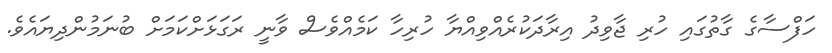
ހަފްސާގެ ގާތުގައި ހުރި ޖާވިދު އިރާދަކުރެއްވިއްޔާ ހުރިހާ ކަމެއްވެސް ވާނީ ރަގަޅަށްކަމަށް ބުނަމުންދިޔައެވެ.